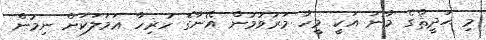
މި ޙަދީޘްގެ މާނަ އަކީ މީހާ މަރުވުމުން އޭނާގެ ހުރިހާ ޢަމަލަކަށް ނިމުން